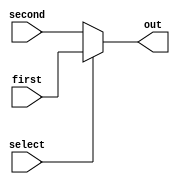
module MUX_2(input [31:0] first, second, input select,output [31:0] out);
	assign out = select ? first : second; 
endmodule